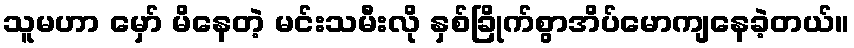
သူမဟာ မှော် မိနေတဲ့ မင်းသမီးလို နှစ်ခြိုက်စွာအိပ်မောကျနေခဲ့တယ်။